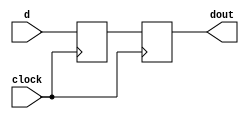
module sync (
                 clock,
                 d,
                 dout
                );

  input             clock;
  input             d;
  output            dout;

  reg               q1;
  reg               q2;

  always @( posedge clock ) begin
    q1 <= d;
    q2 <= q1;
  end

  assign dout = q2;

endmodule